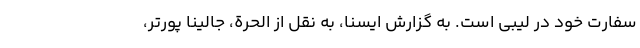
سفارت خود در لیبی است. به گزارش ایسنا، به نقل از الحرة، جالینا پورتر،